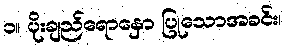
၁။ ပိုးချည်ရောနှော ပြုသောအခင်း၊